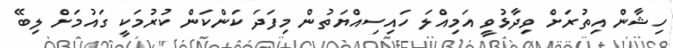
ހިޝާން އިތުރަށް ވިދާޅުވީ އަމިއްލަ ހައިސިއްޔަތުން މިފަދަ ކަންކަން ކުރުމަކީ ގައުމަށް ލިބޭ